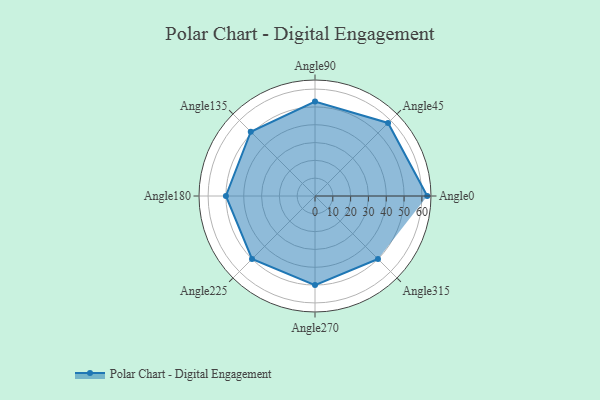
{"axis": {"x": "Angle", "y": "Radius"}, "legend": [""], "data": [{"x": "Angle0", "y": 63.0, "type": ""}, {"x": "Angle45", "y": 58.0, "type": ""}, {"x": "Angle90", "y": 53.0, "type": ""}, {"x": "Angle135", "y": 51.0, "type": ""}, {"x": "Angle180", "y": 50, "type": ""}, {"x": "Angle225", "y": 50, "type": ""}, {"x": "Angle270", "y": 50, "type": ""}, {"x": "Angle315", "y": 50, "type": ""}]}